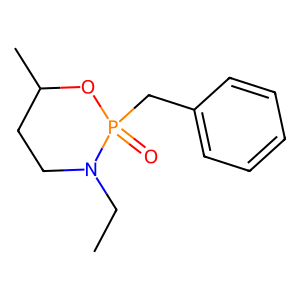
SMILES: CCN1CCC(C)OP1(=O)Cc1ccccc1
Inhibits HIV replication: No